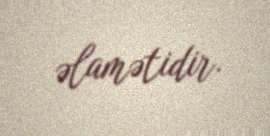
əlamətidir.